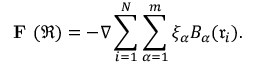
\textbf { F } ( \mathfrak { R } ) = - \nabla \sum _ { i = 1 } ^ { N } \sum _ { \alpha = 1 } ^ { m } \xi _ { \alpha } B _ { \alpha } ( \mathfrak { r } _ { i } ) .